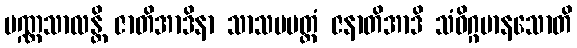
ပဏ္ဏသာလန္တိ ဇာတိအာဒိနာ သာသပမတ္တံ ဇနာတိအာဒိ သံဝိဂ္ဂမာနသောတိ